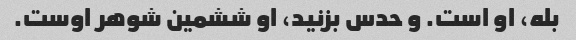
بله، او است. و حدس بزنید، او ششمین شوهر اوست.